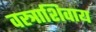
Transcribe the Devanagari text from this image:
वस्त्राशिवाय